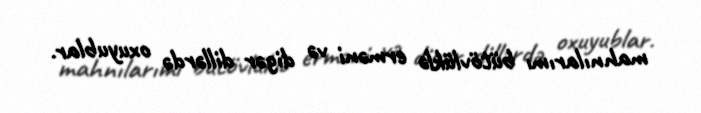
mahnılarımı bütövlüklə erməni və digər dillərdə oxuyublar.